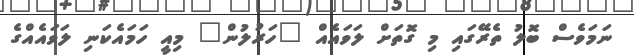
ނަމަވެސް ބޮލު ތެރޭގައި މި ގޮތަށް ލަވައެއް "ހަރުލުން" މިއީ ހަމައެކަނި ލަވައެއްގެ